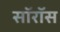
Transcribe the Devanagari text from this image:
सॉरॉस